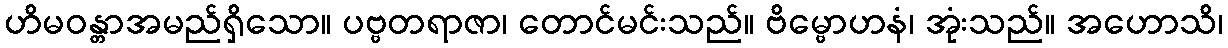
ဟိမဝန္တာအမည်ရှိသော။ ပဗ္ဗတရာဇာ၊ တောင်မင်းသည်။ ဗိမ္ဗောဟနံ၊ အုံးသည်။ အဟောသိ၊